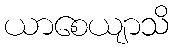
ယာစေယျာသိ